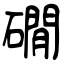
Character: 礀